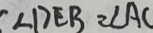
\angle D E B = \angle A C